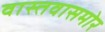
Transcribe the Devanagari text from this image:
वास्तवासमोर